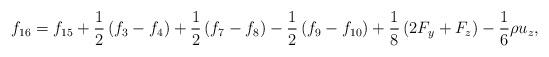
LaTeX: \begin{align*}{f_{16}} = {f_{15}} + \frac{1}{2}\left( {{f_3} - {f_4}} \right) + \frac{1}{2}\left( {{f_7} - {f_8}} \right) - \frac{1}{2}\left( {{f_9} - {f_{10}}} \right) + \frac{1}{8}\left( {2{F_y} + {F_z}} \right) - \frac{1}{6}\rho {u_z},\end{align*}